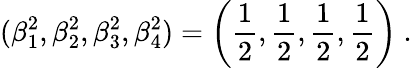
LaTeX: (\beta_{1}^{2},\beta_{2}^{2},\beta_{3}^{2},\beta_{4}^{2})=\left(\frac{1}{2},\frac{1}{2},\frac{1}{2},\frac{1}{2}\right)\ .